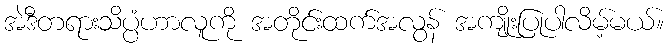
အဲဒီတရားသိပ္ပံဟာလူကို အတိုင်းထက်အလွန် အကျိုးပြုပါလိမ့်မယ်။